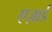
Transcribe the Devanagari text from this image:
एज़ार्ड